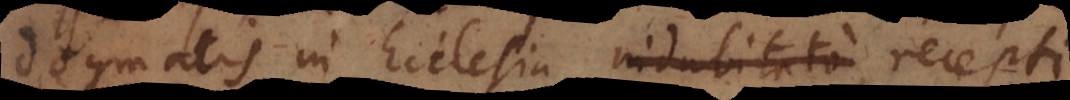
dogmatis in Ecclesia indubitato recepti